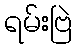
ရမ်းဗြဲ